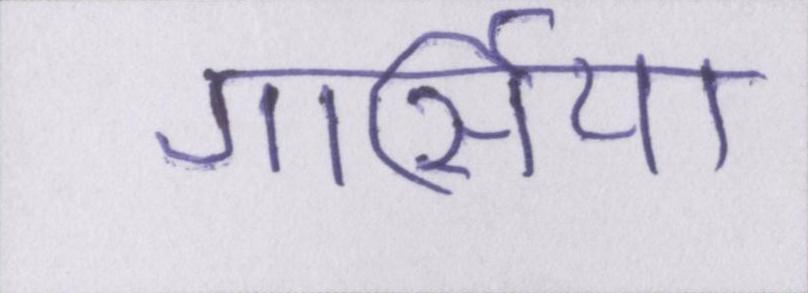
गार्सिया